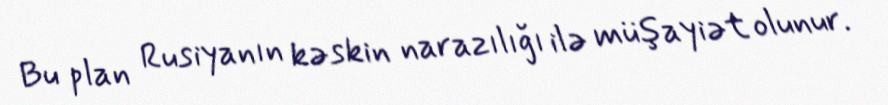
Bu plan Rusiyanın kəskin narazılığı ilə müşayiət olunur.